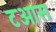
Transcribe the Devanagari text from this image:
टओस